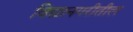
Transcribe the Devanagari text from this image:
विद्यानगरीतील